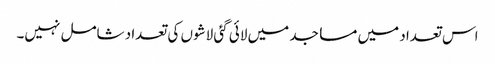
اس تعداد میں مساجد میں لائی گئی لاشوں کی تعداد شامل نہیں۔